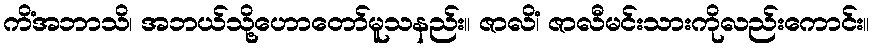
ကိံအဘာသိ၊ အဘယ်သို့ဟောတော်မူသနည်း။ ဇာလိံ၊ ဇာလီမင်းသားကိုလည်းကောင်း။